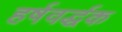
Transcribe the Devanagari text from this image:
हर्षवर्द्धक